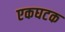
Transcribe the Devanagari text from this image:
एकघटक